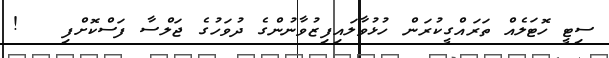
ސިޓީ ހޮޓަލެއް ތަރައްގީކުރަން ހުޅުވާލައިފިޒުވާނުންގެ ދުވަހުގެ ޖަލްސާ ފަސްކޮށްފި   !